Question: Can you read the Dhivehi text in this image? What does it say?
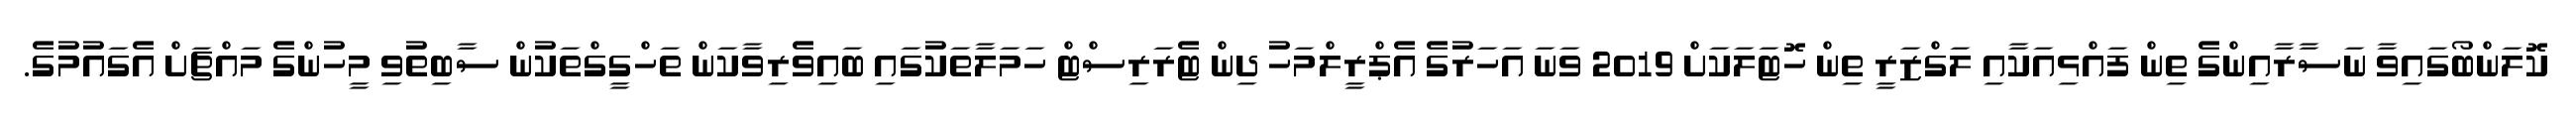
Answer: ކޮލަންބޯގައިވާ ނަސާރާއިންގެ ތިން ފައްޅިއަކާއި ލަގްޒަރީ ތިން ހޮޓަލަކަށް 2019 ވަނަ އަހަރުގެ އެޕްރީލްމަހު ދިން ޓެރަރިސްޓް ހަމަލާތަކުގައި ބައިވެރިވާކަން ތަހްގީގްތަކުން ސާބިތުވި މީހުންގެ މައްޗަށް އެގައުމުގެ.